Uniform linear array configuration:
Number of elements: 64
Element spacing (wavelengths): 0.25
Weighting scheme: uniform
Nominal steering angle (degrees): -15
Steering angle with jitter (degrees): -14.614
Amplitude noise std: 0.05
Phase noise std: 0.05

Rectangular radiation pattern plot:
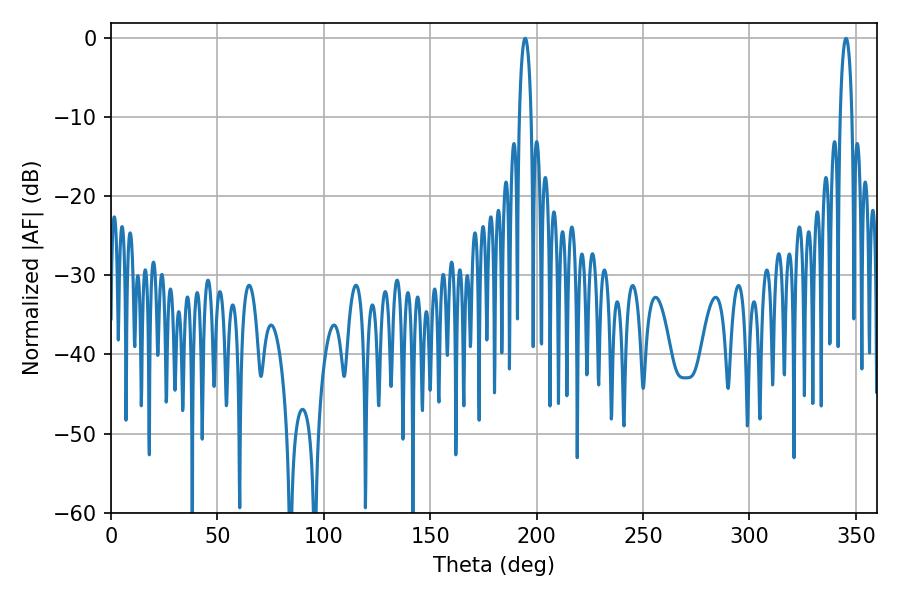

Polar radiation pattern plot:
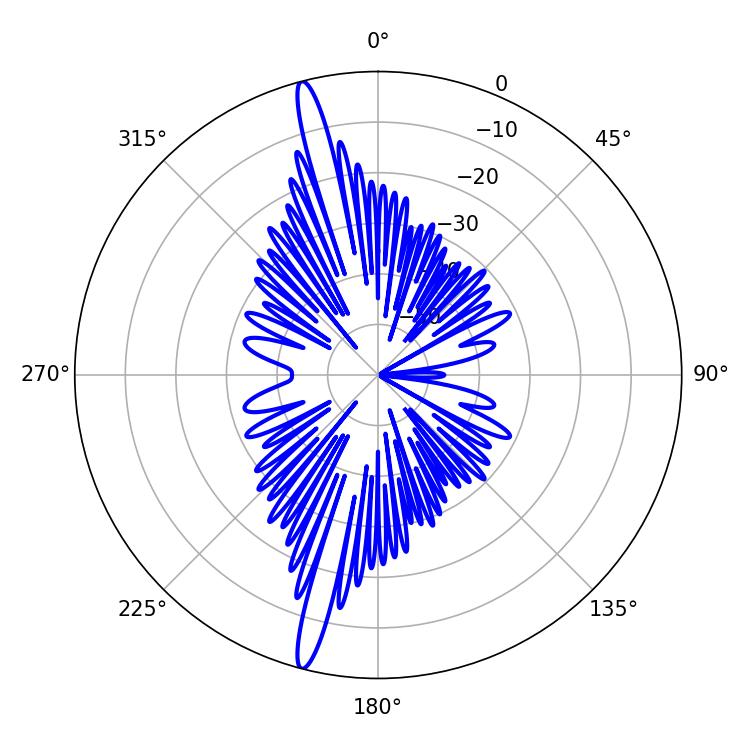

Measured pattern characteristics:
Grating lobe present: FALSE
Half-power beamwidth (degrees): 3.06
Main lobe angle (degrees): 194.58